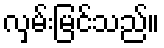
လှမ်းမြင်သည်။